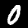
Label: 0